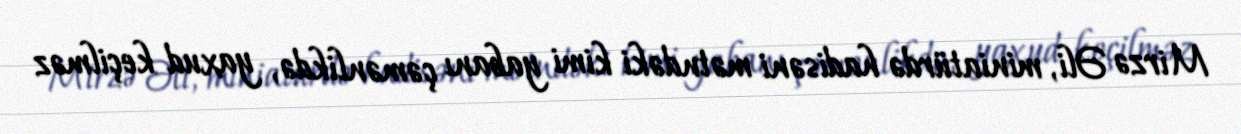
Mirzə Əli, miniatürdə hadisəni mətndəki kimi yabanı çəmənlikdə, yaxud keçilməz